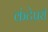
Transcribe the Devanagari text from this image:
कंटेप्ररी